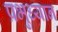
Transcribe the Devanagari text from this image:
प्रभुध्यान